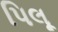
પિલૂ